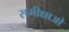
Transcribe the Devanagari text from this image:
समीक्षाओ